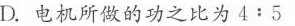
D.电机所做的功之比为4:5